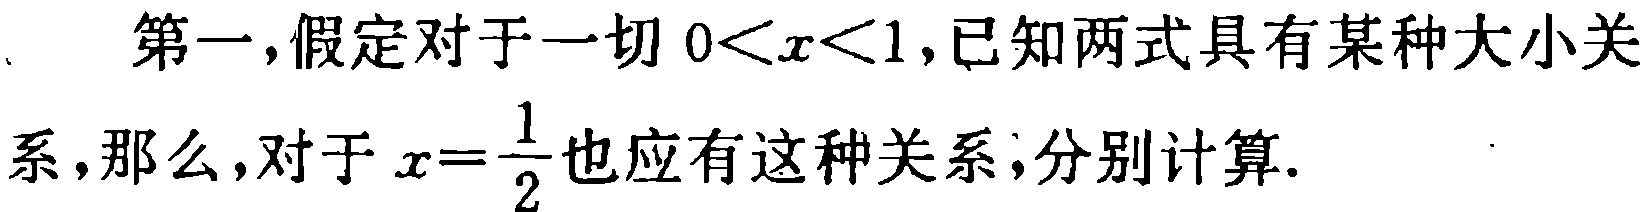
第一，假定对于一切\(0<x<1\)，已知两式具有某种大小关系，那么，对于\(x = \frac{1}{2}\)也应有这种关系，分别计算.